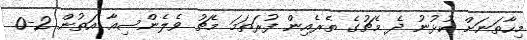
މިހާތަނަށް ކުޅުނު ދެ މެޗުގެ ތެރެއިން ފުރަތަމަ މެޗު ވެލެންސިއާ އަތުން 2-0